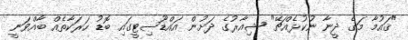
"ޤައުމާ މަގެ ދީނާ ނުކުޅެއްޗޭ" ޝިއާރުގެ ދަށުން އައްޑޫސިޓީގައި ބޮޑު ހަރަކާތެއް ބާއްވަނީ